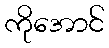
ကိုအောင်